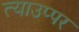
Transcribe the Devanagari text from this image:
त्याउप्पर